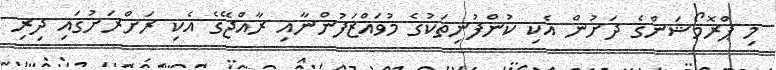
މި ޕްރޮމޯޝަންގެ ދަށުން އެކި ކުންފުނިތަކުގެ މުވައްޒަފުންނާއި ރާއްޖޭގެ އެކި ރަށްރަށުގައި ދިރި